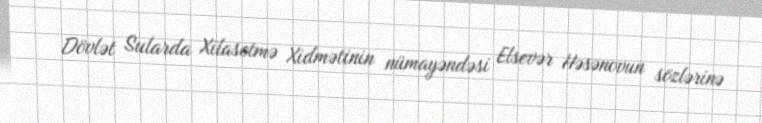
Dövlət Sularda Xilasetmə Xidmətinin nümayəndəsi Elsevər Həsənovun sözlərinə